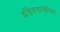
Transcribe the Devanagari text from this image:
इंडियनापोलिस